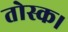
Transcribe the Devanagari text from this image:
तोस्क।